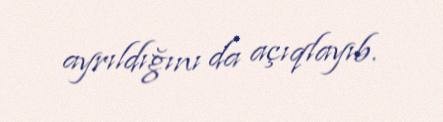
ayrıldığını da açıqlayıb.